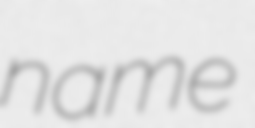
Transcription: name